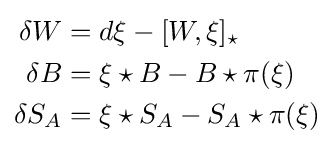
{\begin{aligned}\delta W&=d\xi -[W,\xi ]_{\star }\\\delta B&=\xi \star B-B\star \pi (\xi )\\\delta S_{A}&=\xi \star S_{A}-S_{A}\star \pi (\xi )\end{aligned}}